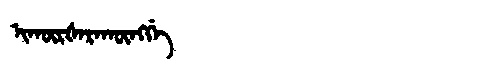
Manchu: ᡳᡴᡡᡵᡧᠠᡵᠠᡴᡡᠩᡤᡝ
Romanization: IKŪRŠARAKŪNGGE